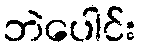
ဘဲပေါင်း